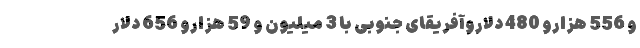
و 556 هزارو 480 دلاروآفریقای جنوبی با 3 میلیون و 59 هزارو 656 دلار